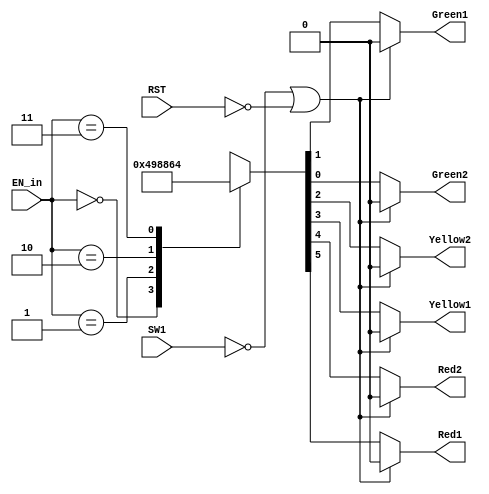
`timescale 1ns / 1ps
//////////////////////////////////////////////////////////////////////////////////
// Company: 
// Engineer: 
// 
// Design Name: 
// Module Name: control
// Project Name: 
// Target Devices: 
// Tool Versions: 
// Description: 
// 
// Dependencies: 
// 
// Revision:
// Revision 0.01 - File Created
// Additional Comments:
// 
//////////////////////////////////////////////////////////////////////////////////


module control(EN_in,SW1,RST,Red1,Red2,Yellow1,Yellow2,Green1,Green2);

output Red1;
output Red2;
output Yellow1;
output Yellow2;
output Green1;
output Green2;

input  [1:0] EN_in;
input  SW1;
input  RST;

reg Red1,Red2,Yellow1,Yellow2,Green1,Green2,D_out;

always @(EN_in,RST,SW1)
begin
	if(SW1==0||RST==0) {Red1,Red2,Yellow1,Yellow2,Green1,Green2}=6'b0;
	else
	  begin
	    case(EN_in)
			2'b00 : {Red1,Red2,Yellow1,Yellow2,Green1,Green2}=6'b010010;
			2'b01 : {Red1,Red2,Yellow1,Yellow2,Green1,Green2}=6'b011000;
			2'b10 : {Red1,Red2,Yellow1,Yellow2,Green1,Green2}=6'b100001;
			2'b11 : {Red1,Red2,Yellow1,Yellow2,Green1,Green2}=6'b100100;
			default : {Red1,Red2,Yellow1,Yellow2,Green1,Green2}=6'b0;
		endcase		
	  end
end
endmodule